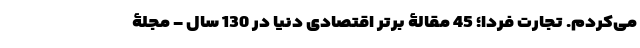
می‌کردم. تجارت فردا؛ 45 مقالۀ برتر اقتصادی دنیا در 130 سال - مجلۀ